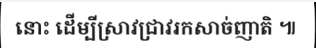
នោះ ដើម្បីស្រាវជ្រាវរកសាច់ញាតិ ៕